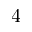
4